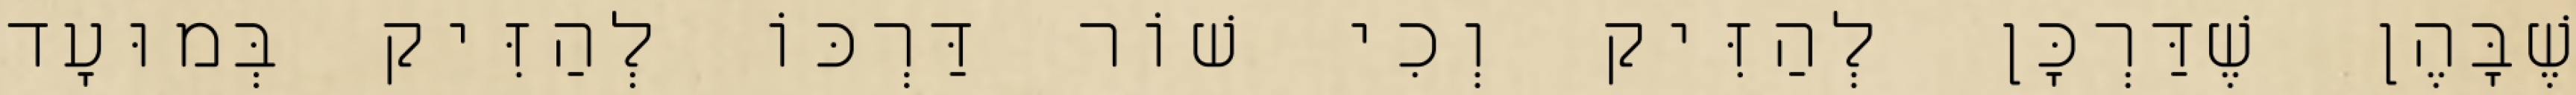
שֶׁבָּהֶן שֶׁדַּרְכָּן לְהַזִּיק וְכִי שׁוֹר דַּרְכּוֹ לְהַזִּיק בְּמוּעָד